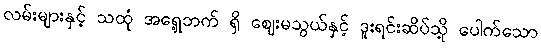
လမ်းများနှင့် သထုံ အရှေ့ဘက် ရှိ ဈေးမသွယ်နှင့် ဒူးရင်းဆိပ်သို့ ပေါက်သော